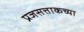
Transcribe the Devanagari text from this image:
प्रजसत्ताकच्या